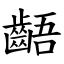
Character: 齬